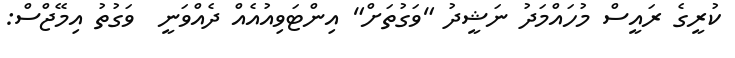
ކުރީގެ ރައީސް މުހައްމަދު ނަޝީދު "ވަގުތަށް" އިންޓަވިއުއެއް ދެއްވަނީ  ވަގުތު އިމޭޖްސް: